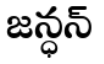
జన్ధన్